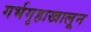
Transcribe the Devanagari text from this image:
गर्भगृहाखालून